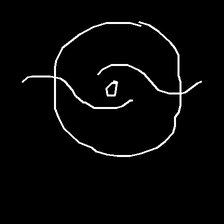
Glyph: repetition